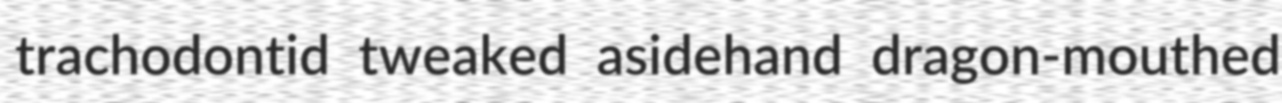
trachodontid tweaked asidehand dragon-mouthed